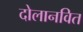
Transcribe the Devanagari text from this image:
दोलानवित